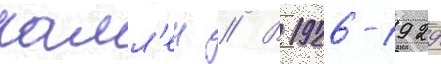
калл'ен // В 1926-1929